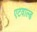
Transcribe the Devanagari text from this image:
एटवाल्ड